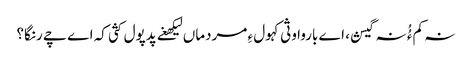
نہ کم ءُُ نہ گیش، اے باروا وثی کہول ءِ مردماں لیکھغے پدپول کثی کہ اے چے رنگا؟